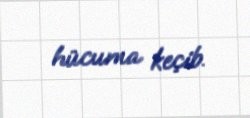
hücuma keçib.